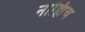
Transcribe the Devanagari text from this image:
नाह्यिच